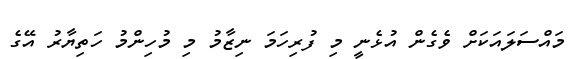
މައްސަލައަކަށް ވެގެން އުޅެނީ މި ފުރިހަމަ ނިޒާމު މި މުހިންމު ހަތިޔާރު އޭގެ